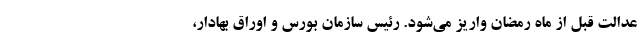
عدالت قبل از ماه رمضان واریز می‌شود. رئیس سازمان بورس و اوراق بهادار،